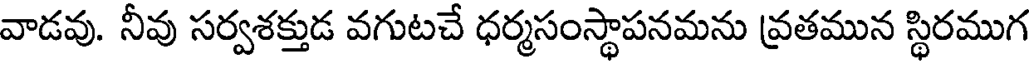
వాడవు. నీవు సర్వశక్తుడ వగుటచే ధర్మసంస్థాపనమను వ్రతమున స్థిరముగ